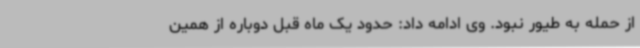
از حمله به طیور نبود. وی ادامه داد: حدود یک ماه قبل دوباره از همین